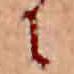
に